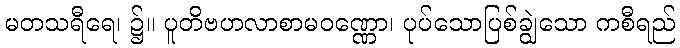
မတသရီရေ၊ ၌။ ပူတိဗဟလာစာမဝဏ္ဏော၊ ပုပ်သောပြစ်ချွဲသော ကစီရည်